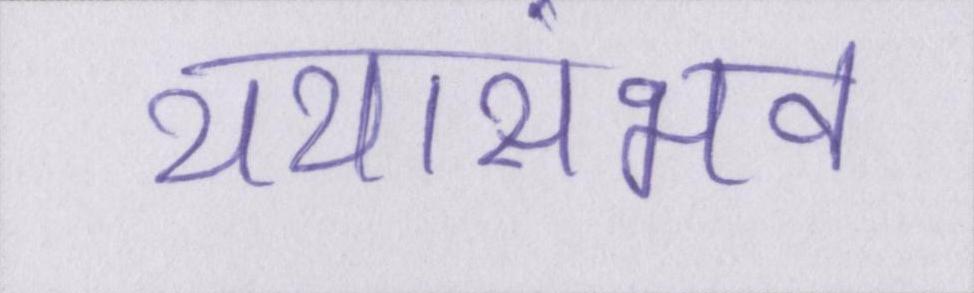
यथासंभव